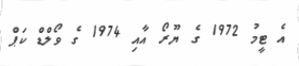
އެ ޓީމު 1972 ގެ ޔޫރޯ އާއި 1974 ގެ ވޯލްޑް ކަޕް